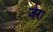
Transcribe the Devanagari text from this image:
जेरा